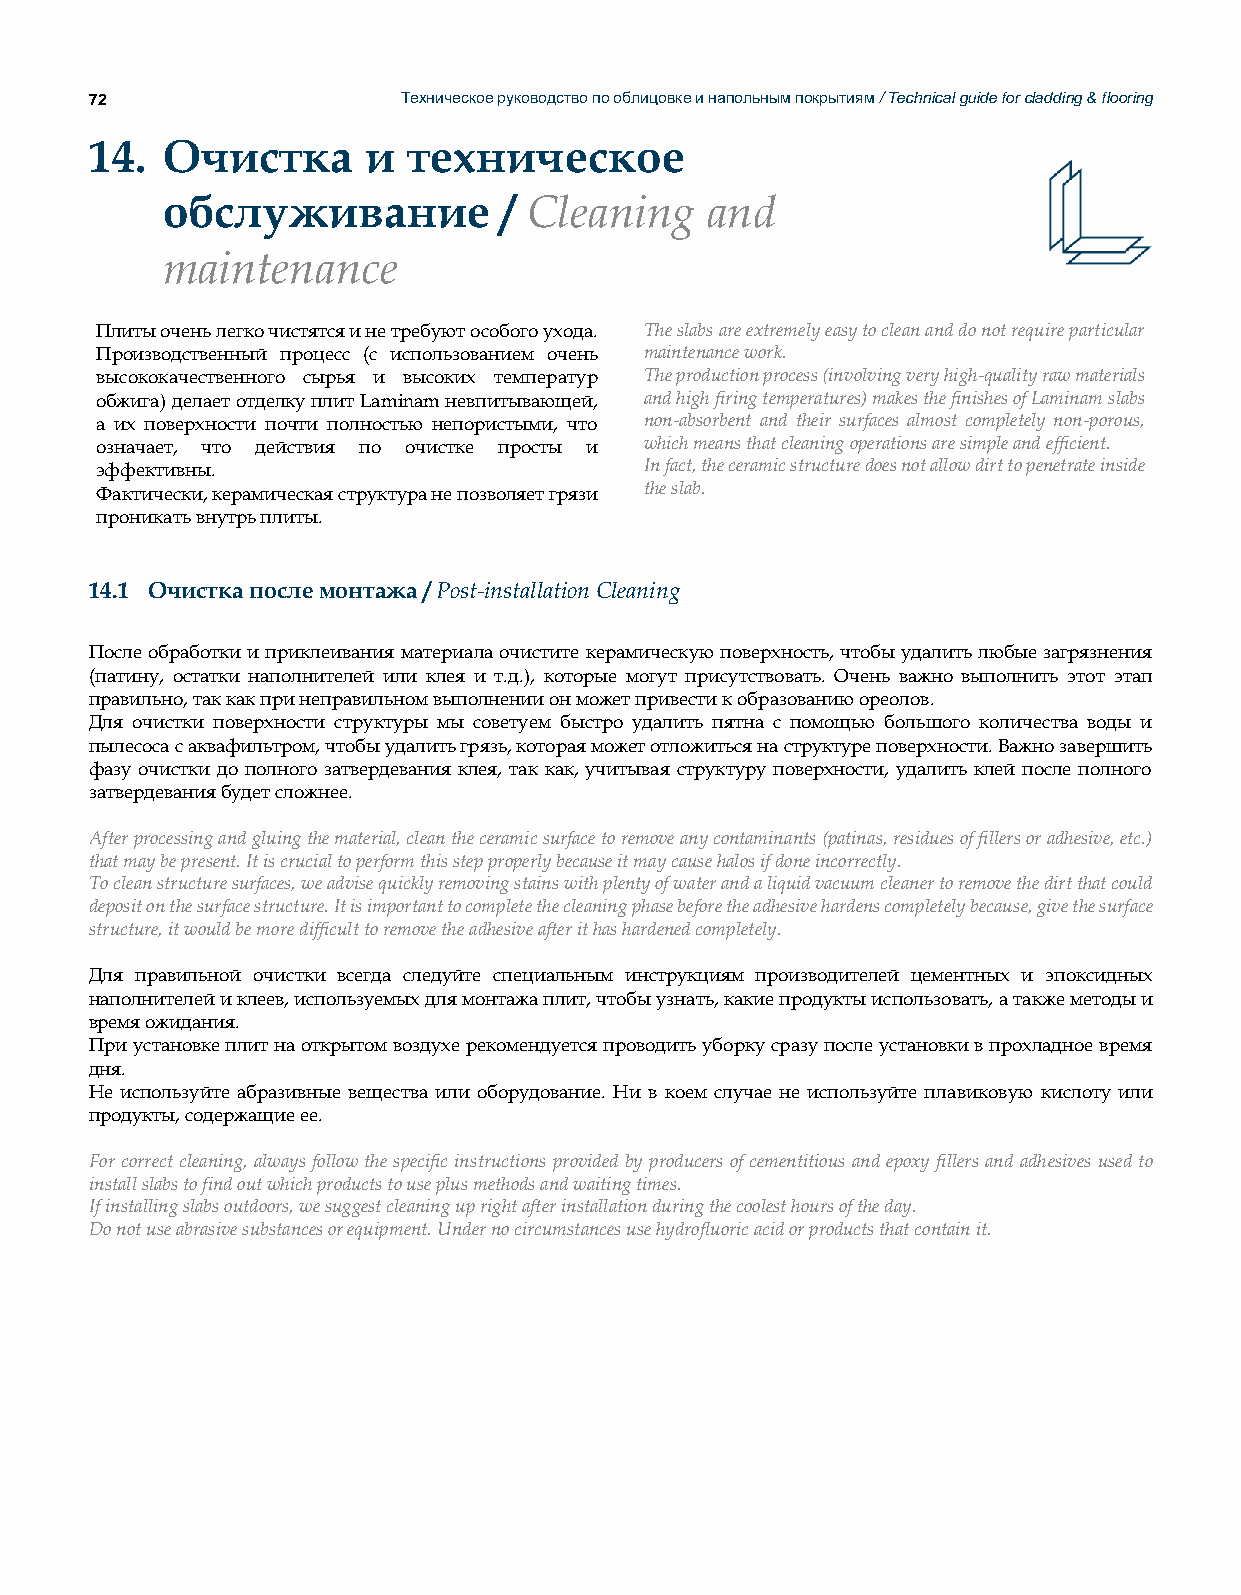
72                   Техническое руководство по облицовке и напольным покрытиям / Technical guide for cladding & flooring
 14.  Очистка      и  техническое
 обслуживание          / Cleaning    and
 maintenance
 Плиты очень легко чистятся и не требуют особого ухода. The slabs are extremely easy to clean and do not require particular
 Производственный процесс (с использованием очень maintenance work.
 высококачественного сырья и высоких температур The production process (involving very high-quality raw materials
 обжига) делает отделку плит Laminam невпитывающей, and high firing temperatures) makes the finishes of Laminam slabs
 а их поверхности почти полностью непористыми, что non-absorbent and their surfaces almost completely non-porous,
 означает, что действия по очистке просты и which means that cleaning operations are simple and efficient.
 эффективны.                          In fact, the ceramic structure does not allow dirt to penetrate inside
 Фактически, керамическая структура не позволяет грязи the slab.
 проникать внутрь плиты.
 14.1 Очистка после монтажа / Post-installation Cleaning
 После обработки и приклеивания материала очистите керамическую поверхность, чтобы удалить любые загрязнения
 (патину, остатки наполнителей или клея и т.д.), которые могут присутствовать. Очень важно выполнить этот этап
 правильно, так как при неправильном выполнении он может привести к образованию ореолов.
 Для очистки поверхности структуры мы советуем быстро удалить пятна с помощью большого количества воды и
 пылесоса с аквафильтром, чтобы удалить грязь, которая может отложиться на структуре поверхности. Важно завершить
 фазу очистки до полного затвердевания клея, так как, учитывая структуру поверхности, удалить клей после полного
 затвердевания будет сложнее.
 After processing and gluing the material, clean the ceramic surface to remove any contaminants (patinas, residues of fillers or adhesive, etc.)
 that may be present. It is crucial to perform this step properly because it may cause halos if done incorrectly.
 To clean structure surfaces, we advise quickly removing stains with plenty of water and a liquid vacuum cleaner to remove the dirt that could
 deposit on the surface structure. It is important to complete the cleaning phase before the adhesive hardens completely because, give the surface
 structure, it would be more difficult to remove the adhesive after it has hardened completely.
 Для правильной очистки всегда следуйте специальным инструкциям производителей цементных и эпоксидных
 наполнителей и клеев, используемых для монтажа плит, чтобы узнать, какие продукты использовать, а также методы и
 время ожидания.
 При установке плит на открытом воздухе рекомендуется проводить уборку сразу после установки в прохладное время
 дня.
 Не используйте абразивные вещества или оборудование. Ни в коем случае не используйте плавиковую кислоту или
 продукты, содержащие ее.
 For correct cleaning, always follow the specific instructions provided by producers of cementitious and epoxy fillers and adhesives used to
 install slabs to find out which products to use plus methods and waiting times.
 If installing slabs outdoors, we suggest cleaning up right after installation during the coolest hours of the day.
 Do not use abrasive substances or equipment. Under no circumstances use hydrofluoric acid or products that contain it.